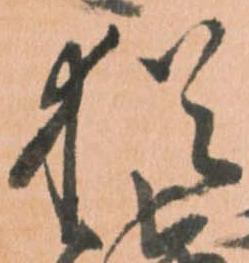
猶